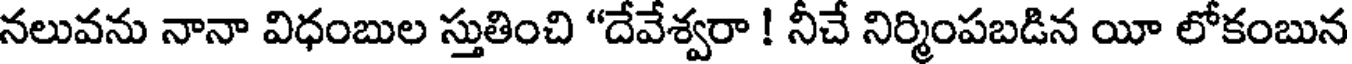
నలువను నానా విధంబుల స్తుతించి "దేవేశ్వరా ! నీచే నిర్మింపబడిన యీ లోకంబున